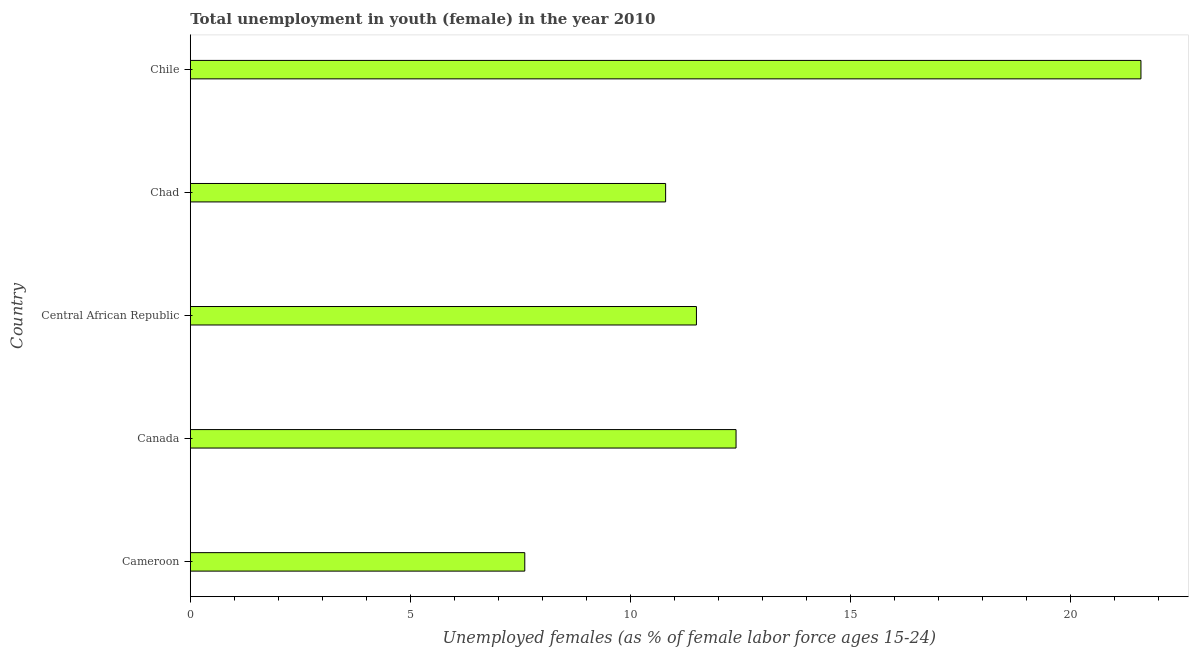
| Country | Unemployment |
 | --- | --- |
 | Cameroon | 7.6 |
 | Canada | 12.4 |
 | Central African Republic | 11.5 |
 | Chad | 10.8 |
 | Chile | 21.6 |